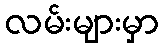
လမ်းများမှာ